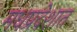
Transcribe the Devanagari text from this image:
मधप्रदेशात